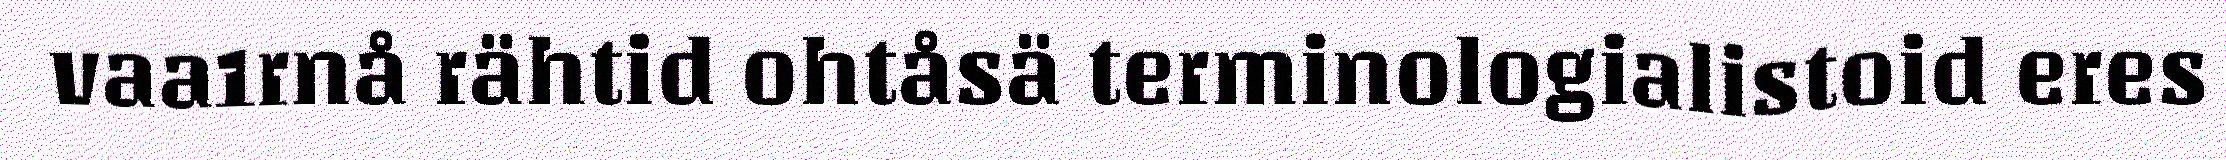
vaa1rnå rähtid ohtåsä terminologialistoid eres